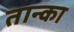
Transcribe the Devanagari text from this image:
तान्का